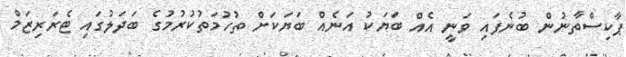
ޕާކިސްތާނުން ބުނެފައި ވަނީ އެއް ބަޔަކު އަނެއް ބަޔަކަށް ތުހުމަތުކުރުމުގެ ބަދަލުގައި ޓެރަރިޒަމް